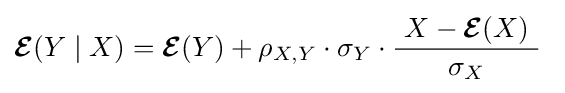
\operatorname {\boldsymbol {\mathcal {E}}} (Y\mid X)=\operatorname {\boldsymbol {\mathcal {E}}} (Y)+\rho _{X,Y}\cdot \sigma _{Y}\cdot {\frac {\ X-\operatorname {\boldsymbol {\mathcal {E}}} (X)\ }{\sigma _{X}}}\